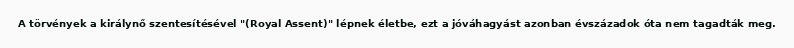
A törvények a királynő szentesítésével "(Royal Assent)" lépnek életbe, ezt a jóváhagyást azonban évszázadok óta nem tagadták meg.